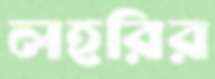
লহরির